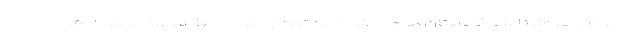
مدیرکل هواشناسی گلستان هم با اشاره به ثبت وزش باد با سرعت بیش از ۸۰